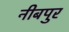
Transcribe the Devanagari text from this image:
नीबपुर